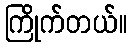
ကြိုက်တယ်။